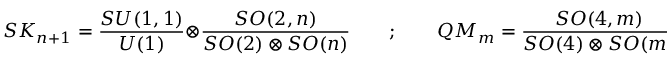
{ \cal S K } _ { n + 1 } = \frac { S U ( 1 , 1 ) } { U ( 1 ) } \otimes \frac { S O ( 2 , n ) } { S O ( 2 ) \otimes S O ( n ) } \quad \quad ; \quad \quad { \cal Q M } _ { m } = \frac { S O ( 4 , m ) } { S O ( 4 ) \otimes S O ( m ) }